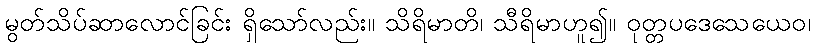
မွတ်သိပ်ဆာလောင်ခြင်း ရှိသော်လည်း။ သိရိမာတိ၊ သီရိမာဟူ၍။ ဝုတ္တပဒေသေယေဝ၊